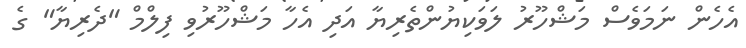
އެހެން ނަމަވެސް މަޝްހޫރު ލަވަކިޔުންތެރިޔާ އަދި އެހާ މަޝްހޫރުވި ފިލްމް "ދެރިޔާ" ގެ